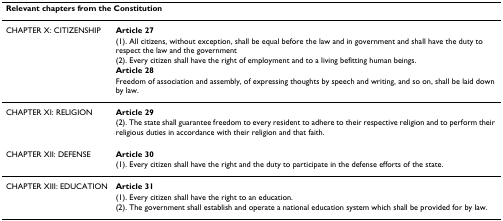
| <COLSPAN=2> Relevant chapters from the Constitution |
 | --- | --- |
 | CHAPTER X: CITIZENSHIP | Article 27 |
 |  | (1). All citizens, without exception, shall be equal before the law and in government and shall have the duty to respect the law and the government |
 |  | (2). Every citizen shall have the right of employment and to a living befitting human beings. |
 |  | Article 28 |
 |  | Freedom of association and assembly, of expressing thoughts by speech and writing, and so on, shall be laid down by law. |
 | CHAPTER XI: RELIGION | Article 29 |
 |  | (2). The state shall guarantee freedom to every resident to adhere to their respective religion and to perform their religious duties in accordance with their religion and that faith. |
 | CHAPTER XII: DEFENSE | Article 30 |
 |  | (1). Every citizen shall have the right and the duty to participate in the defense efforts of the state. |
 | CHAPTER XIII: EDUCATION | Article 31 |
 |  | (1). Every citizen shall have the right to an education. |
 |  | (2). The government shall establish and operate a national education system which shall be provided for by law. |